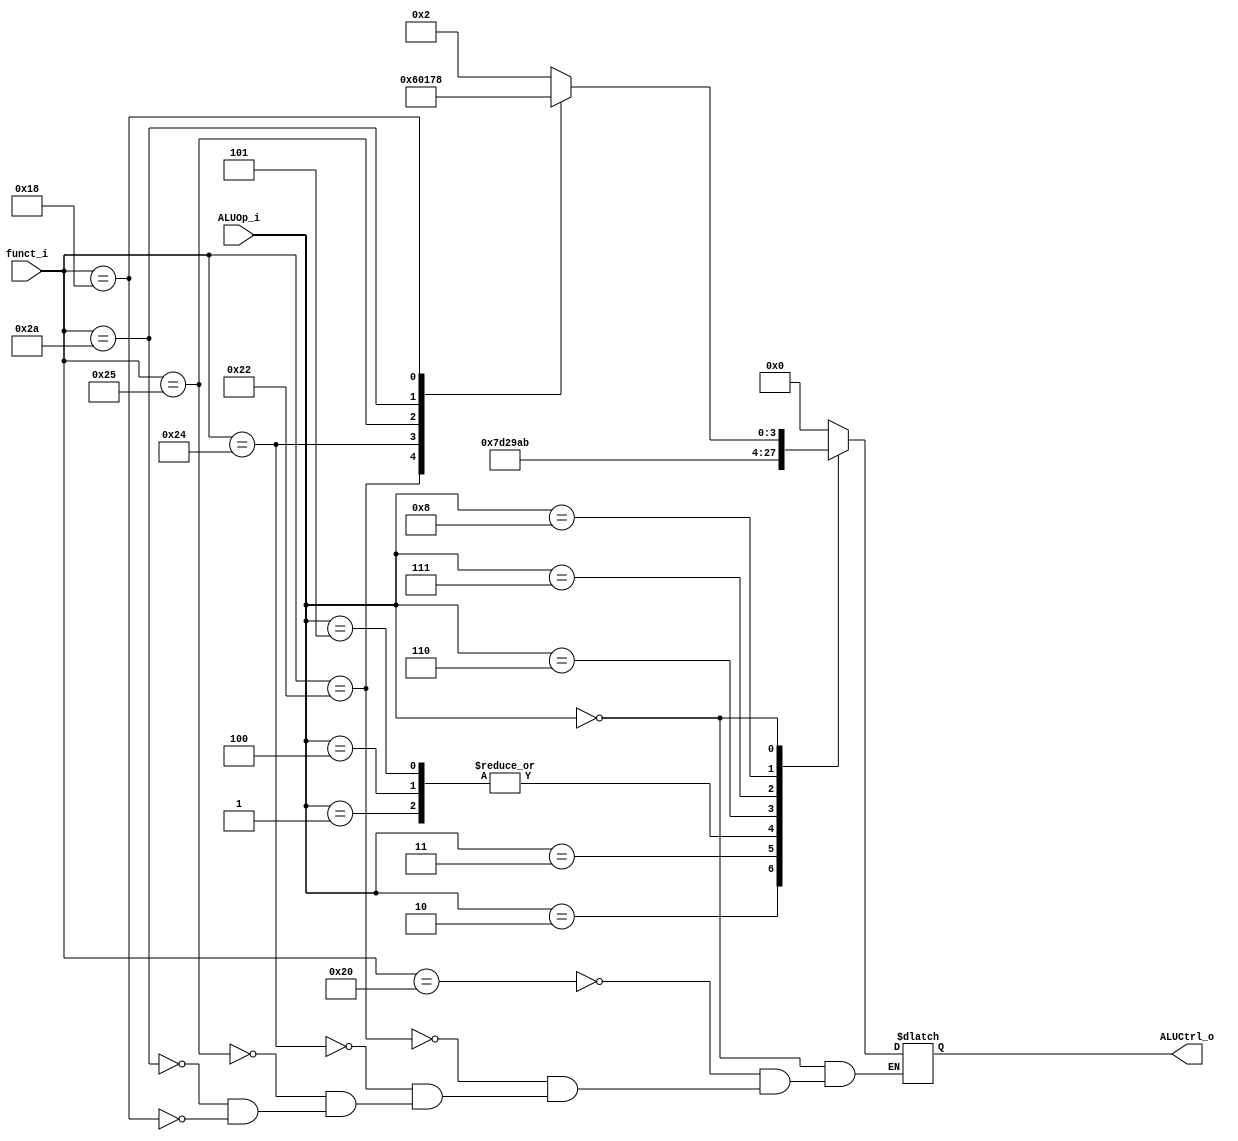
`timescale 1ns / 1ps
//Subject:     CO project 2 - ALU Controller
//--------------------------------------------------------------------------------
//Version:     1
//--------------------------------------------------------------------------------
//Writer:      109550104
//----------------------------------------------
//Date:        
//----------------------------------------------
//Description: 
//--------------------------------------------------------------------------------

module ALU_Control(
          funct_i,
          ALUOp_i,
          ALUCtrl_o
          );
          
//I/O ports 
input      [6-1:0] funct_i;
input      [4-1:0] ALUOp_i;

output     [4-1:0] ALUCtrl_o;    
     
//Internal Signals
reg        [4-1:0] ALUCtrl_o;

//Parameter

       
//Select exact operation
always @(*) begin
    case (ALUOp_i)
        1: ALUCtrl_o <= 2;
        2: ALUCtrl_o <= 7;
        3: ALUCtrl_o <= 13;
        4: ALUCtrl_o <= 2;
        5: ALUCtrl_o <= 2;
        6: ALUCtrl_o <= 9;
        7: ALUCtrl_o <= 10;
        8: ALUCtrl_o <= 11;
        0: begin
            case (funct_i)
                32: ALUCtrl_o <= 2;
                34: ALUCtrl_o <= 6;
                36: ALUCtrl_o <= 0;
                37: ALUCtrl_o <= 1;
                42: ALUCtrl_o <= 7;
                24: ALUCtrl_o <= 8;
            endcase
        end
        default: ALUCtrl_o <= 0;
    endcase
end
endmodule